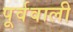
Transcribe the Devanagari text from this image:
पूर्ववाली